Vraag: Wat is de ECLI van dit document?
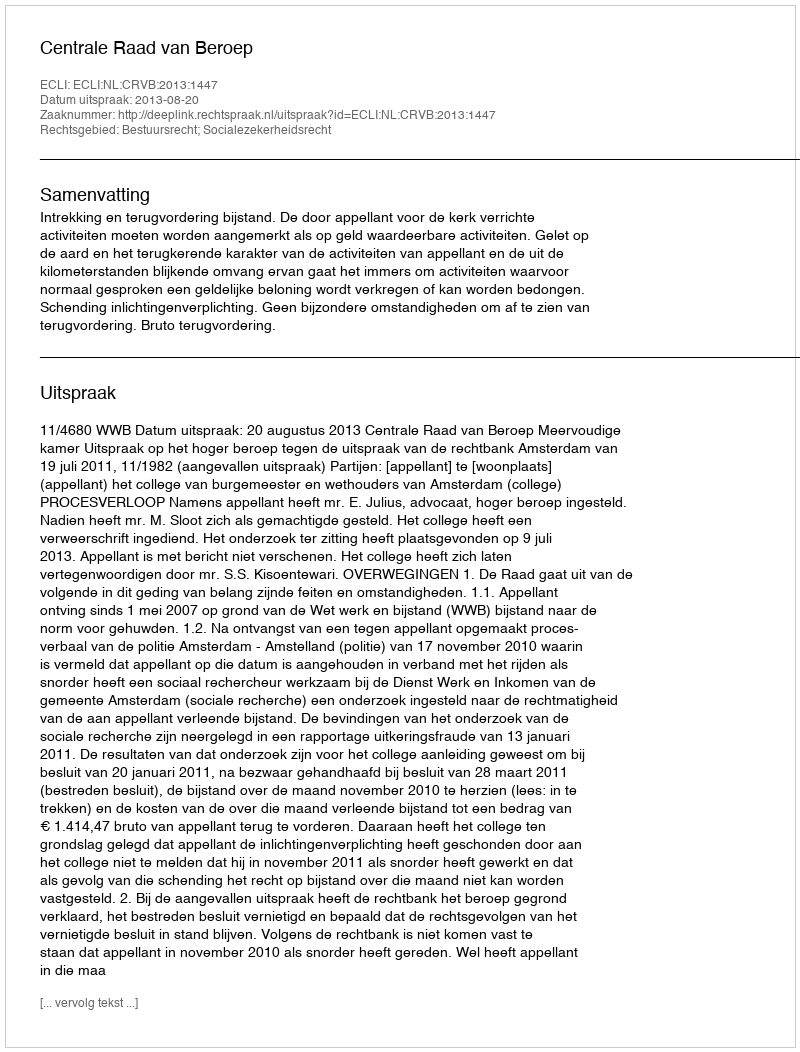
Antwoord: ECLI:NL:CRVB:2013:1447